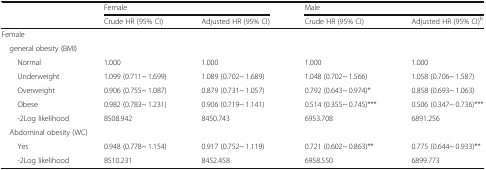
<table><thead><tr><td rowspan="2"></td><td colspan="2"><b>Female</b></td><td colspan="2"><b>Male</b></td></tr><tr><td><b>Crude HR (95% CI)</b></td><td><b>Adjusted HR (95% CI)</b></td><td><b>Crude HR (95% CI)</b></td><td><b>Adjusted HR (95% CI)<sup>b</sup></b></td></tr></thead><tbody><tr><td colspan="5">Female</td></tr><tr><td colspan="5"> general obesity (BMI)</td></tr><tr><td>Normal</td><td>1.000</td><td>1.000</td><td>1.000</td><td>1.000</td></tr><tr><td>Underweight</td><td>1.099 (0.711~ 1.699)</td><td>1.089 (0.702~ 1.689)</td><td>1.048 (0.702~ 1.566)</td><td>1.058 (0.706~ 1.587)</td></tr><tr><td>Overweight</td><td>0.906 (0.755~ 1.087)</td><td>0.879 (0.731~ 1.057)</td><td>0.792 (0.643~ 0.974)*</td><td>0.858 (0.693~ 1.063)</td></tr><tr><td>Obese</td><td>0.982 (0.783~ 1.231)</td><td>0.906 (0.719~ 1.141)</td><td>0.514 (0.355~ 0.745)***</td><td>0.506 (0.347~ 0.736)***</td></tr><tr><td>-2Log likelihood</td><td>8508.942</td><td>8450.743</td><td>6953.708</td><td>6891.256</td></tr><tr><td colspan="5"> Abdominal obesity (WC)</td></tr><tr><td>Yes</td><td>0.948 (0.778~ 1.154)</td><td>0.917 (0.752~ 1.119)</td><td>0.721 (0.602~ 0.863)**</td><td>0.775 (0.644~ 0.933)**</td></tr><tr><td>-2Log likelihood</td><td>8510.231</td><td>8452.458</td><td>6958.550</td><td>6899.773</td></tr></tbody></table>